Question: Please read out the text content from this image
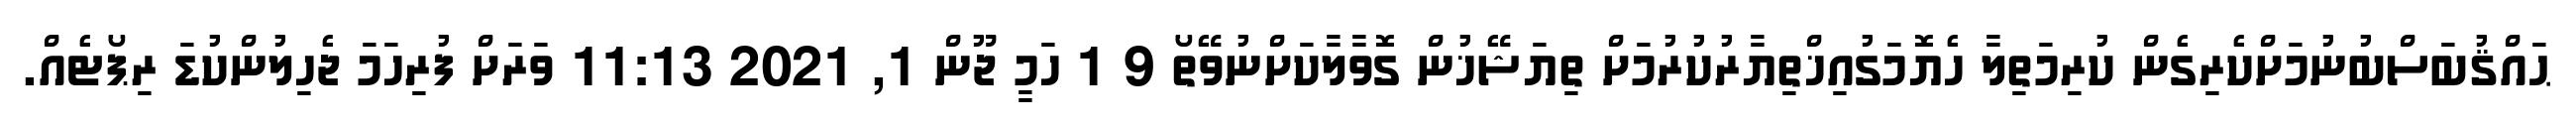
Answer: ޙައްޤުބަސްބުނުމަށްކެރިގެން ކުރިމަތިލާ ހެޔޮމަގުއިޚްތިޔާރުކުރުމަށް ތިޔަޝޭޚުން ގޮވާލާކަށްނުވޭތޯ 9 1 ހަމީ ޖޫން 1, 2021 11:13 ވަރަށް ފުރިހަމަ ޖެހިލުންކުޑަ ރިޕޯޓެއް.